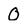
Character: 0